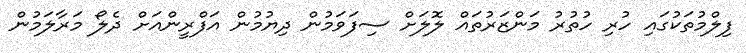
ފިލްމުތަކުގައި ހުރި ހުތުރު މަންޒަރުތައް ލޮލަށް ސިފަވަމުން ދިޔުމުން އަފްރީންއަށް ދެލޯ މަރާލަމުން